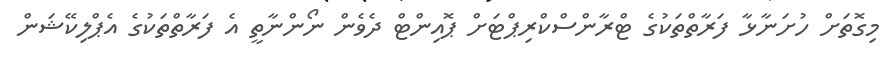
މިގޮތަށް ހުށަނާޅާ ފަރާތްތަކުގެ ޓްރާންސްކްރިޕްޓަށް ޕޮއިންޓް ދެވެން ނޯންނާތީ އެ ފަރާތްތަކުގެ އެޕްލިކޭޝަން